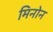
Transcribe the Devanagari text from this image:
मिनोन